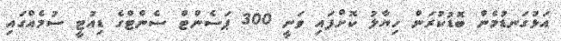
އަޅުގަނޑުމެން ބޮޑުކުރަން ހިޔާލު ކޮށްފައި ވަނީ 300 ޕަސެންޓް ސެންޓްގެ ޑިއުޓީ ސުމެއްގައި